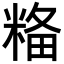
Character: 𥺢